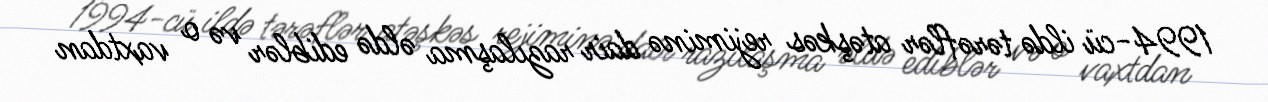
1994-cü ildə tərəflər atəşkəs rejiminə dair razılaşma əldə ediblər və o vaxtdan